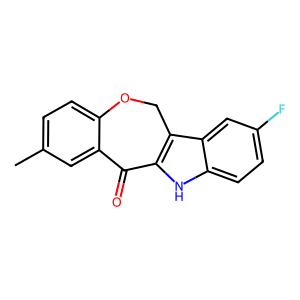
SMILES: Cc1ccc2c(c1)C(=O)c1[nH]c3ccc(F)cc3c1CO2
Inhibits HIV replication: No